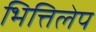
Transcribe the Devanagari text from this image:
भित्तिलेप